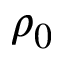
\rho _ { 0 }